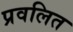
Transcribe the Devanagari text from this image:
प्रवलित